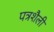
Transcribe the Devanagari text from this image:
पत्रशैली